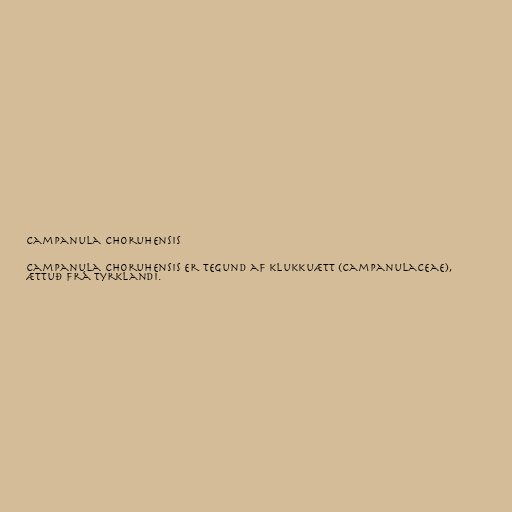
Campanula choruhensis

Campanula choruhensis er tegund af klukkuætt (Campanulaceae),
ættuð frá Tyrklandi.